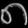
Digit: ၈